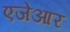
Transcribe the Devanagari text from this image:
एजेआर